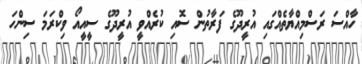
ހާއްސަ ރަސްމިއްޔާތެއްގައި އުރީދޫގެ ފަރާތުުން ސޮއި ކުރެއްވީ އުރީދޫގެ ސީއީއޯ ވިކްރަމަ ސިންހަ